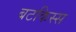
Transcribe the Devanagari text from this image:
बटकिस्स